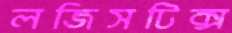
লজিসটিক্স